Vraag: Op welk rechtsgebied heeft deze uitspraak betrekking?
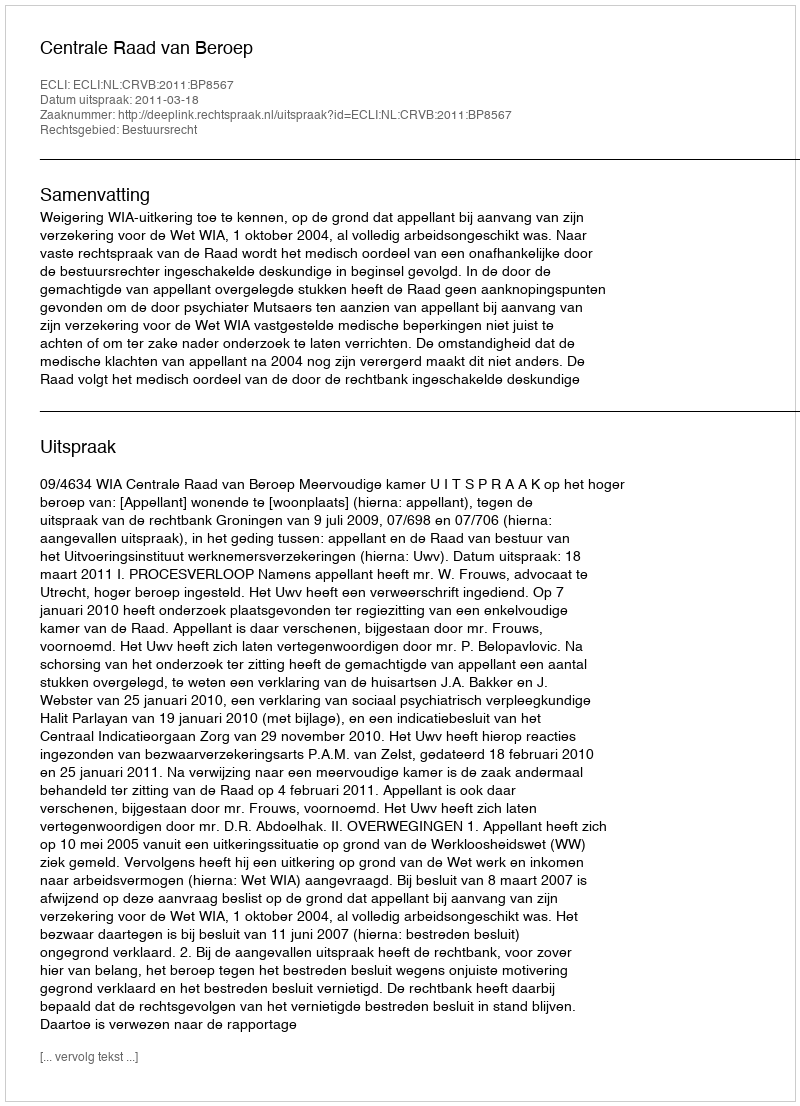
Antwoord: Bestuursrecht